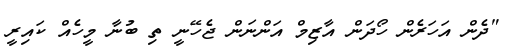
"ދެން އަހަރެން ހޯދަން އާޒިމް އަންނަން ޖެހޭނީ ތި ބުނާ މީހެއް ކައިރީ